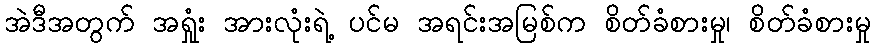
အဲဒီအတွက် အရှုံး အားလုံးရဲ့ ပင်မ အရင်းအမြစ်က စိတ်ခံစားမှု၊ စိတ်ခံစားမှု